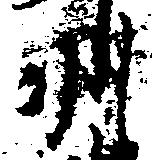
羽